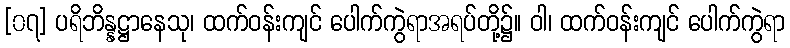
[၀၇] ပရိဘိန္နဋ္ဌာနေသု၊ ထက်ဝန်းကျင် ပေါက်ကွဲရာအရပ်တို့၌။ ဝါ၊ ထက်ဝန်းကျင် ပေါက်ကွဲရာ